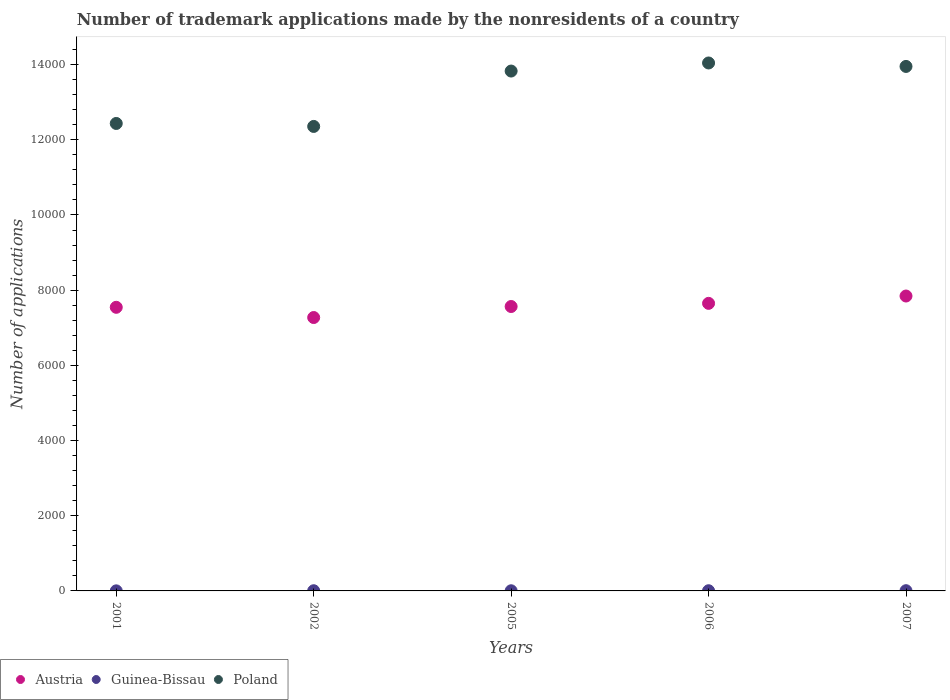
| Years | Austria | Guinea-Bissau | Poland |
 | --- | --- | --- | --- |
 | 2001 | 7.54e+03 | 2 | 1.24e+04 |
 | 2002 | 7.27e+03 | 5 | 1.24e+04 |
 | 2005 | 7.56e+03 | 4 | 1.38e+04 |
 | 2006 | 7.65e+03 | 5 | 1.4e+04 |
 | 2007 | 7.84e+03 | 6 | 1.4e+04 |